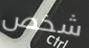
شخص